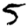
Digit: 5